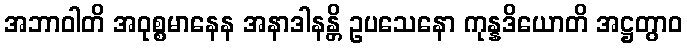
အဘာဝါတိ အဝုစ္စမာနေန အနာဒါနန္တိ ဥပသေနော ကုန္နဒိယောတိ အဋ္ဌတွာဝ